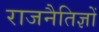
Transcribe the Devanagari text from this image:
राजनैतिज्ञों